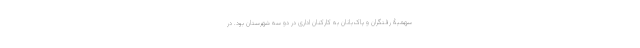
سهمیۀ رفتگران و پاک‌بانان به کارکنان اداری در دو سه شهرستان بود. در